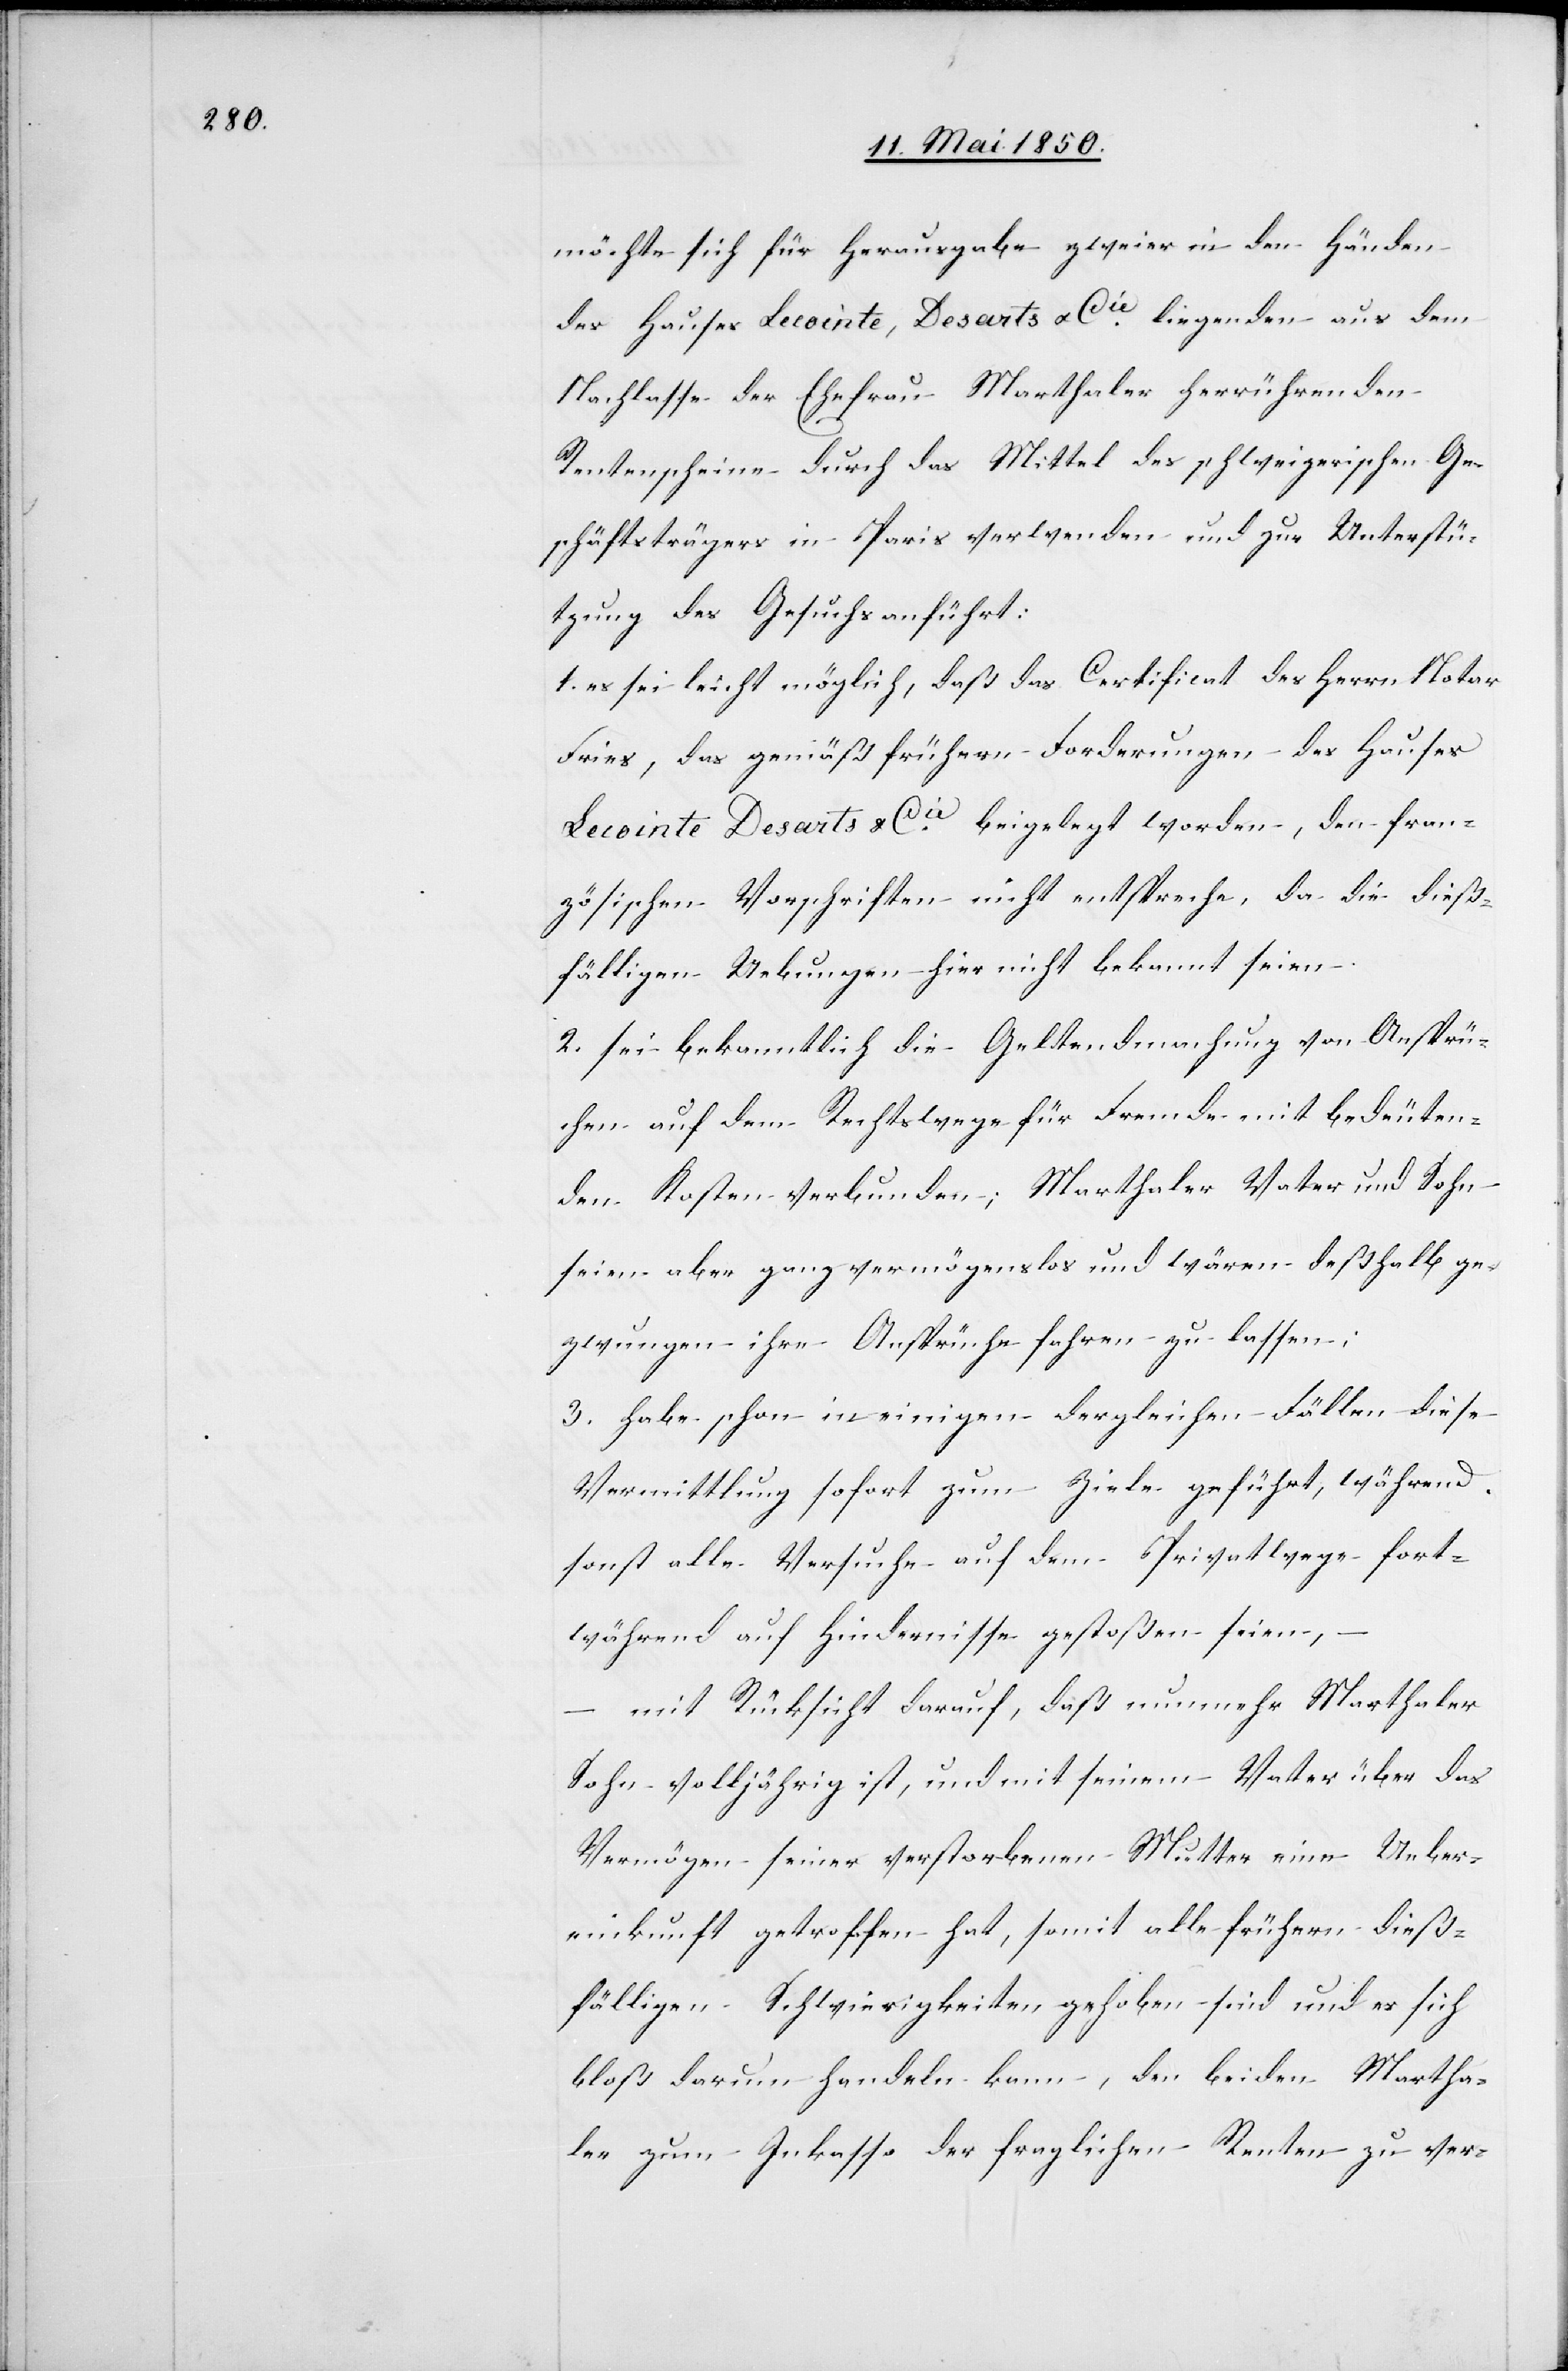
möchte sich für Herausgabe zweier in den Händen
des Hauses Lecointe, Desarts & Cie liegenden aus dem
Nachlasse der Ehefrau Marthaler herrührenden
Rentenscheine durch das Mittel des schweizerischen Ge¬
schäftsträgers in Paris verwenden und zur Unterstü¬
tzung des Gesuchs anführt:
1. es sei leicht möglich, daß das Certificat des Herrn Notar
Fries, das gemäß frühern Forderungen des Hauses
Lecointe Desarts & Cie beigelegt worden, den fran¬
zösischen Vorschriften nicht entspreche, da die dieß¬
fälligen Uebungen hier nicht bekannt seien.
2. sei bekanntlich die Geltendmachung von Ansprü¬
chen auf dem Rechtswege für Fremde mit bedeuten¬
den Kosten verbunden; Marthaler Vater und Sohn
seien aber ganz vermögenslos und wären deßhalb ge¬
zwungen ihre Ansprüche fahren zu lassen;
3. habe schon in einigen dergleichen Fällen diese
Vermittlung sofort zum Ziele geführt, während
sonst alle Versuche auf dem Privatwege fort¬
während auf Hindernisse gestoßen seien,
– mit Rücksicht darauf, daß nunmehr Marthaler
Sohn volljährig ist, und mit seinem Vater über das
Vermögen seiner verstorbenen Mutter eine Ueber¬
einkunft getroffen hat, gehoben sind und es
bloß darum handeln kann, den beiden Martha¬
ler zum Inkasso der fraglichen Renten zu ver-